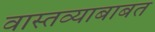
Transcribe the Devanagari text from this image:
वास्तव्याबाबत